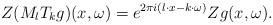
LaTeX: \begin{align*}Z(M_l T_k g)(x,\omega) = e^{2 \pi i (l \cdot x - k \cdot \omega)} Zg(x,\omega).\end{align*}